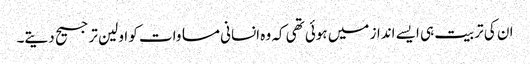
ان کی تربیت ہی ایسے انداز میں ہوئی تھی کہ وہ انسانی مساوات کو اولین ترجیح دیتے۔